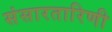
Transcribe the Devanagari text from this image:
संसारतारिणी